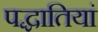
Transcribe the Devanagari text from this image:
पद्धातियां